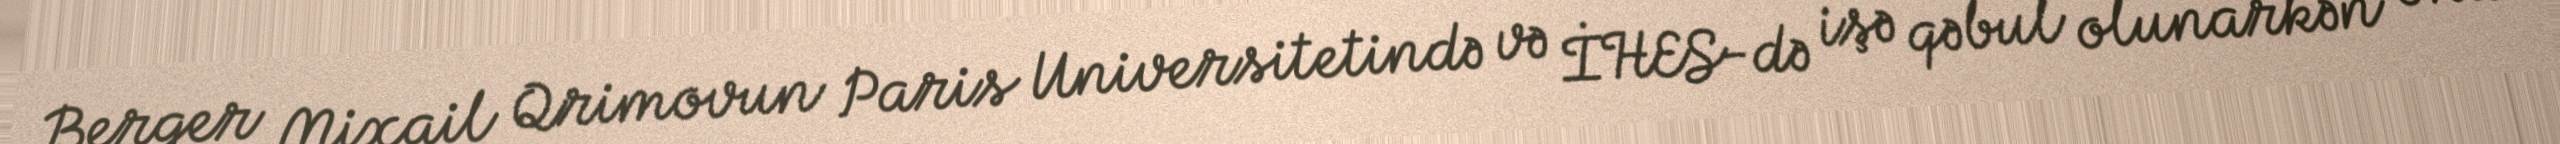
Berger Mixail Qrimovun Paris Universitetində və İHES-də işə qəbul olunarkən ona